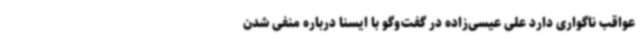
عواقب ناگواری دارد علی عیسی‌زاده در گفت‌وگو با ایسنا درباره منفی شدن